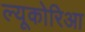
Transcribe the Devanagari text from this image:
ल्यूकोरिआ